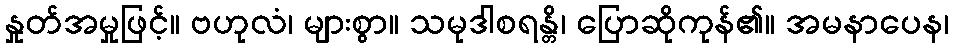
နှုတ်အမှုဖြင့်။ ဗဟုလံ၊ များစွာ။ သမုဒါစရန္တိ၊ ပြောဆိုကုန်၏။ အမနာပေန၊